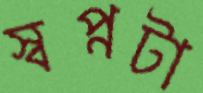
স্বপ্নটা